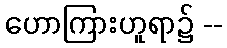
ဟောကြားဟူရာ၌ --